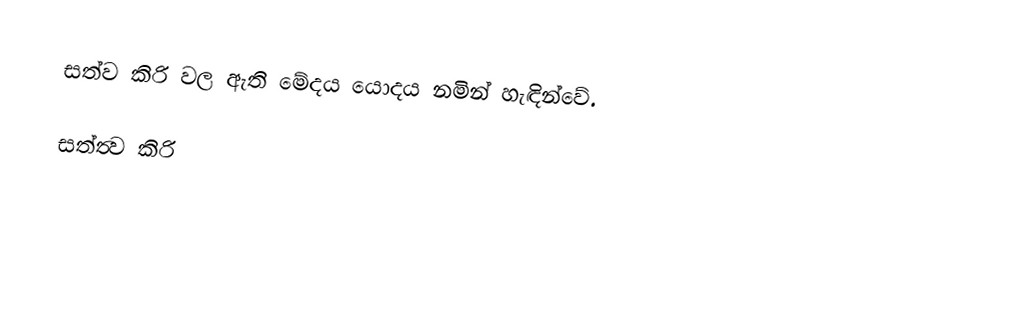
සත්ව කිරි වල ඇති මේදය යොදය නමින් හැඳින්වේ.

සත්ත්‍ව කිරි